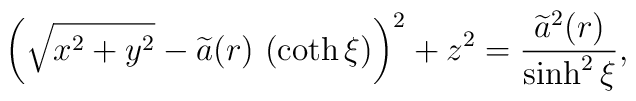
\left( \sqrt{x^{2}+y^{2}}-\widetilde{a}(r)\ (\coth \xi )\right) ^{2}+ z^{2}=\frac{\widetilde{a}^{2}(r)}{\sinh ^{2}\xi },